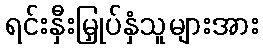
ရင်းနှီးမြှုပ်နှံသူများအား